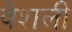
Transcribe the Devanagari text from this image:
वेशली